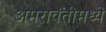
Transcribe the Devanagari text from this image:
अमरावतीमध्ये